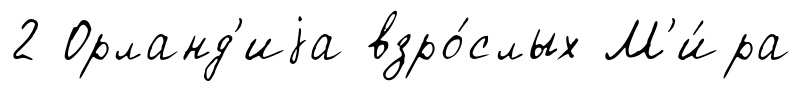
2 Орланд'иjа взро́слых М'и́ра